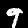
Digit: 9